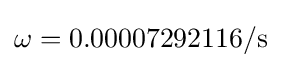
\omega =0.00007292116/\mathrm {s}